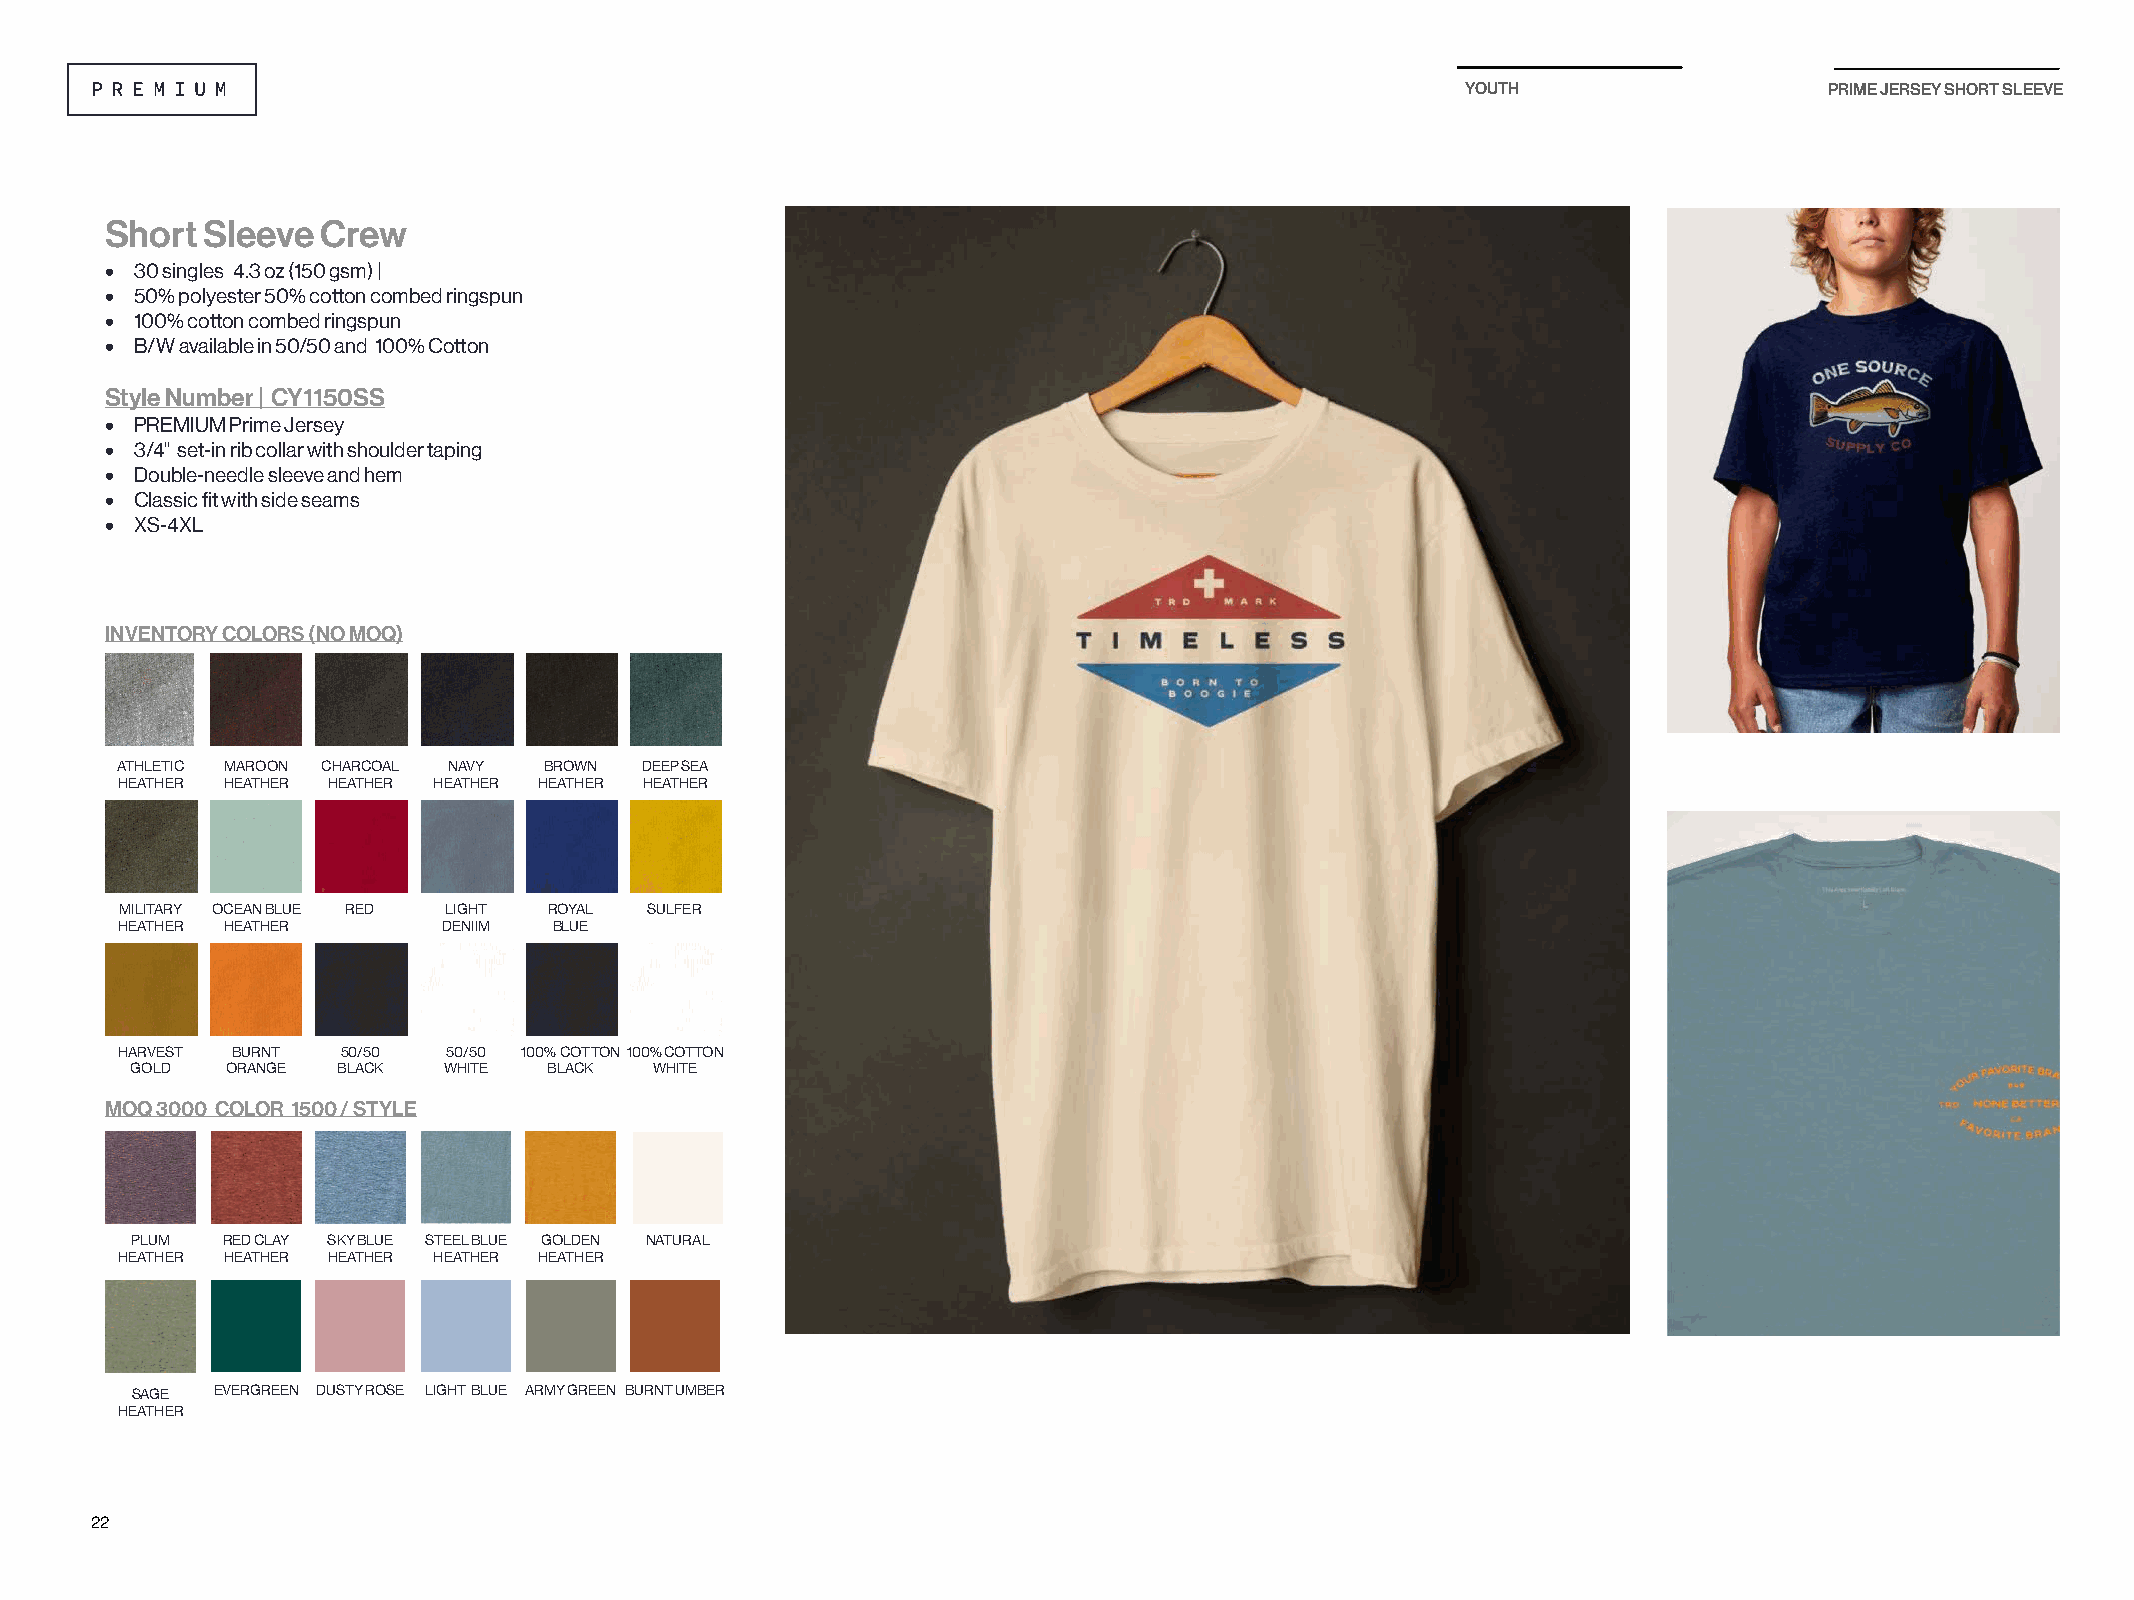
YOUTH                   PRIME JERSEY SHORT SLEEVE
 Short Sleeve  Crew
 • 30 singles 4.3 oz (150 gsm) |
 • 50% polyester 50% cotton combed ringspun
 • 100% cotton combed ringspun
 • B/W available in 50/50 and 100% Cotton
 Style Number | CY1150SS
 • PREMIUM Prime Jersey
 • 3/4" set-in rib collar with shoulder taping
 • Double-needle sleeve and hem
 • Classic fit with side seams
 • XS-4XL
 INVENTORY COLORS (NO MOQ)
 ATHLETIC MAROON CHARCOAL NAVY BROWN DEEP SEA
 HEATHER HEATHER HEATHER HEATHER HEATHER HEATHER
 MILITARY OCEAN BLUE RED LIGHT ROYAL SULFER
 HEATHER HEATHER      DENIIM  BLUE
 HARVEST BURNT  50/50  50/50 100% COTTON 100% COTTON
 GOLD  ORANGE BLACK  WHITE  BLACK  WHITE
 MOQ 3000 COLOR 1500 / STYLE
 PLUM  RED CLAY SKY BLUE STEEL BLUE GOLDEN NATURAL
 HEATHER HEATHER HEATHER HEATHER HEATHER
 SAGE EVERGREEN DUSTY ROSE LIGHT BLUE ARMY GREEN BURNT UMBER
 HEATHER
 22